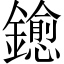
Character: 𨮋